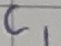
Text: C1